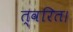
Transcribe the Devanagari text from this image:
त्वरित।